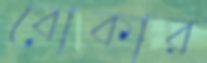
বোকার